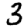
Digit: 3